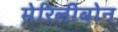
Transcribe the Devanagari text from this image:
मेरिलीबोन